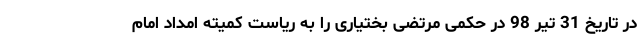
در تاریخ 31 تیر 98 در حکمی مرتضی بختیاری را به ریاست کمیته امداد امام